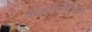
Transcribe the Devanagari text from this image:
कॉनफॅडॅरेशन